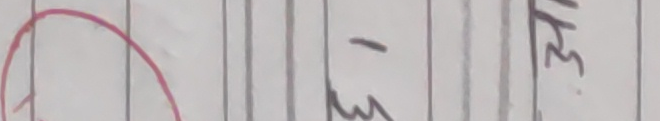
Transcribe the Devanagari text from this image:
म १ ल ३